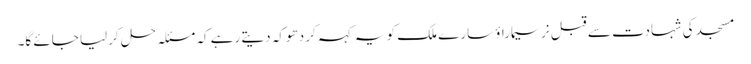
مسجد کی شہادت سے قبل نرسیماراؤ سارے ملک کو یہ کہہ کر دھوکہ دیتے رہے کہ مسئلہ حل کرلیا جائے گا۔